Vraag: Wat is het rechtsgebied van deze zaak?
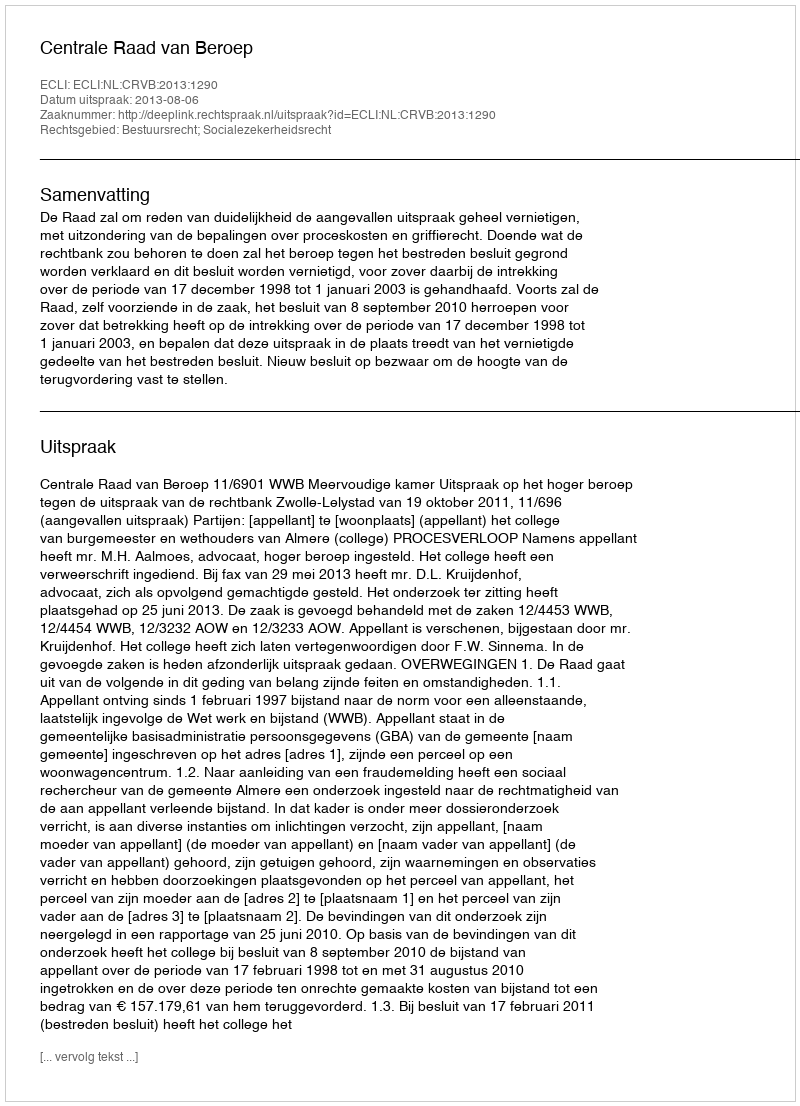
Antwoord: Bestuursrecht; Socialezekerheidsrecht